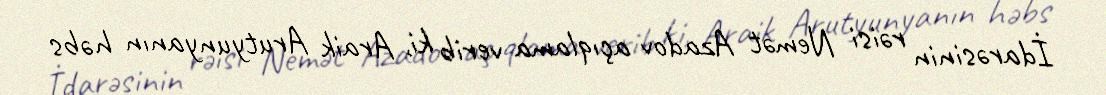
İdarəsinin rəisi Nemət Azadov açıqlama verib ki, Araik Arutyunyanın həbs